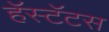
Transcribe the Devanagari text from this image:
हॅस्टॅटस